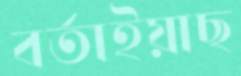
বর্তাইয়াছ